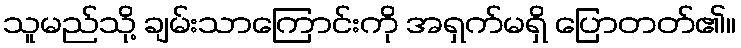
သူမည်သို့ ချမ်းသာကြောင်းကို အရှက်မရှိ ပြောတတ်၏။